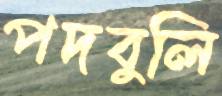
পদবুলি